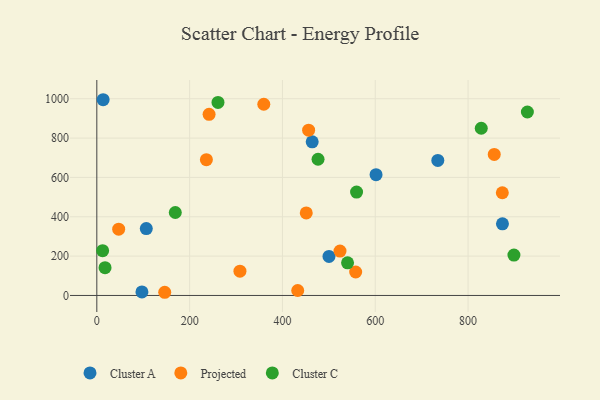
{"axis": {"x": "Distance", "y": "Exam Score"}, "legend": ["Cluster A", "Cluster C", "Projected"], "data": [{"x": "464.1", "y": 780.9, "type": "Cluster A"}, {"x": "97.2", "y": 18.0, "type": "Cluster A"}, {"x": "106.6", "y": 340.2, "type": "Cluster A"}, {"x": "13.6", "y": 995.0, "type": "Cluster A"}, {"x": "874.1", "y": 364.4, "type": "Cluster A"}, {"x": "734.8", "y": 686.2, "type": "Cluster A"}, {"x": "500.3", "y": 198.2, "type": "Cluster A"}, {"x": "601.7", "y": 613.9, "type": "Cluster A"}, {"x": "873.8", "y": 522.0, "type": "Projected"}, {"x": "524.0", "y": 225.5, "type": "Projected"}, {"x": "432.9", "y": 25.2, "type": "Projected"}, {"x": "557.8", "y": 119.2, "type": "Projected"}, {"x": "47.1", "y": 337.1, "type": "Projected"}, {"x": "359.8", "y": 971.9, "type": "Projected"}, {"x": "456.4", "y": 840.1, "type": "Projected"}, {"x": "856.4", "y": 716.7, "type": "Projected"}, {"x": "146.3", "y": 16.2, "type": "Projected"}, {"x": "241.9", "y": 920.6, "type": "Projected"}, {"x": "451.3", "y": 419.5, "type": "Projected"}, {"x": "236.1", "y": 690.3, "type": "Projected"}, {"x": "308.4", "y": 123.6, "type": "Projected"}, {"x": "17.7", "y": 141.2, "type": "Cluster C"}, {"x": "476.7", "y": 692.3, "type": "Cluster C"}, {"x": "12.5", "y": 227.5, "type": "Cluster C"}, {"x": "898.8", "y": 205.1, "type": "Cluster C"}, {"x": "540.3", "y": 166.1, "type": "Cluster C"}, {"x": "261.1", "y": 981.2, "type": "Cluster C"}, {"x": "927.8", "y": 932.7, "type": "Cluster C"}, {"x": "169.1", "y": 421.7, "type": "Cluster C"}, {"x": "559.7", "y": 525.5, "type": "Cluster C"}, {"x": "828.4", "y": 850.0, "type": "Cluster C"}]}